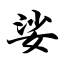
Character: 娑